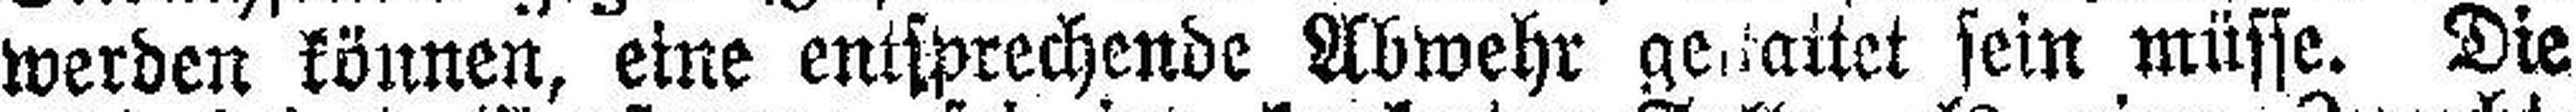
werden können, eine entsprechende Abwehr gestaltet sein müsse. Die